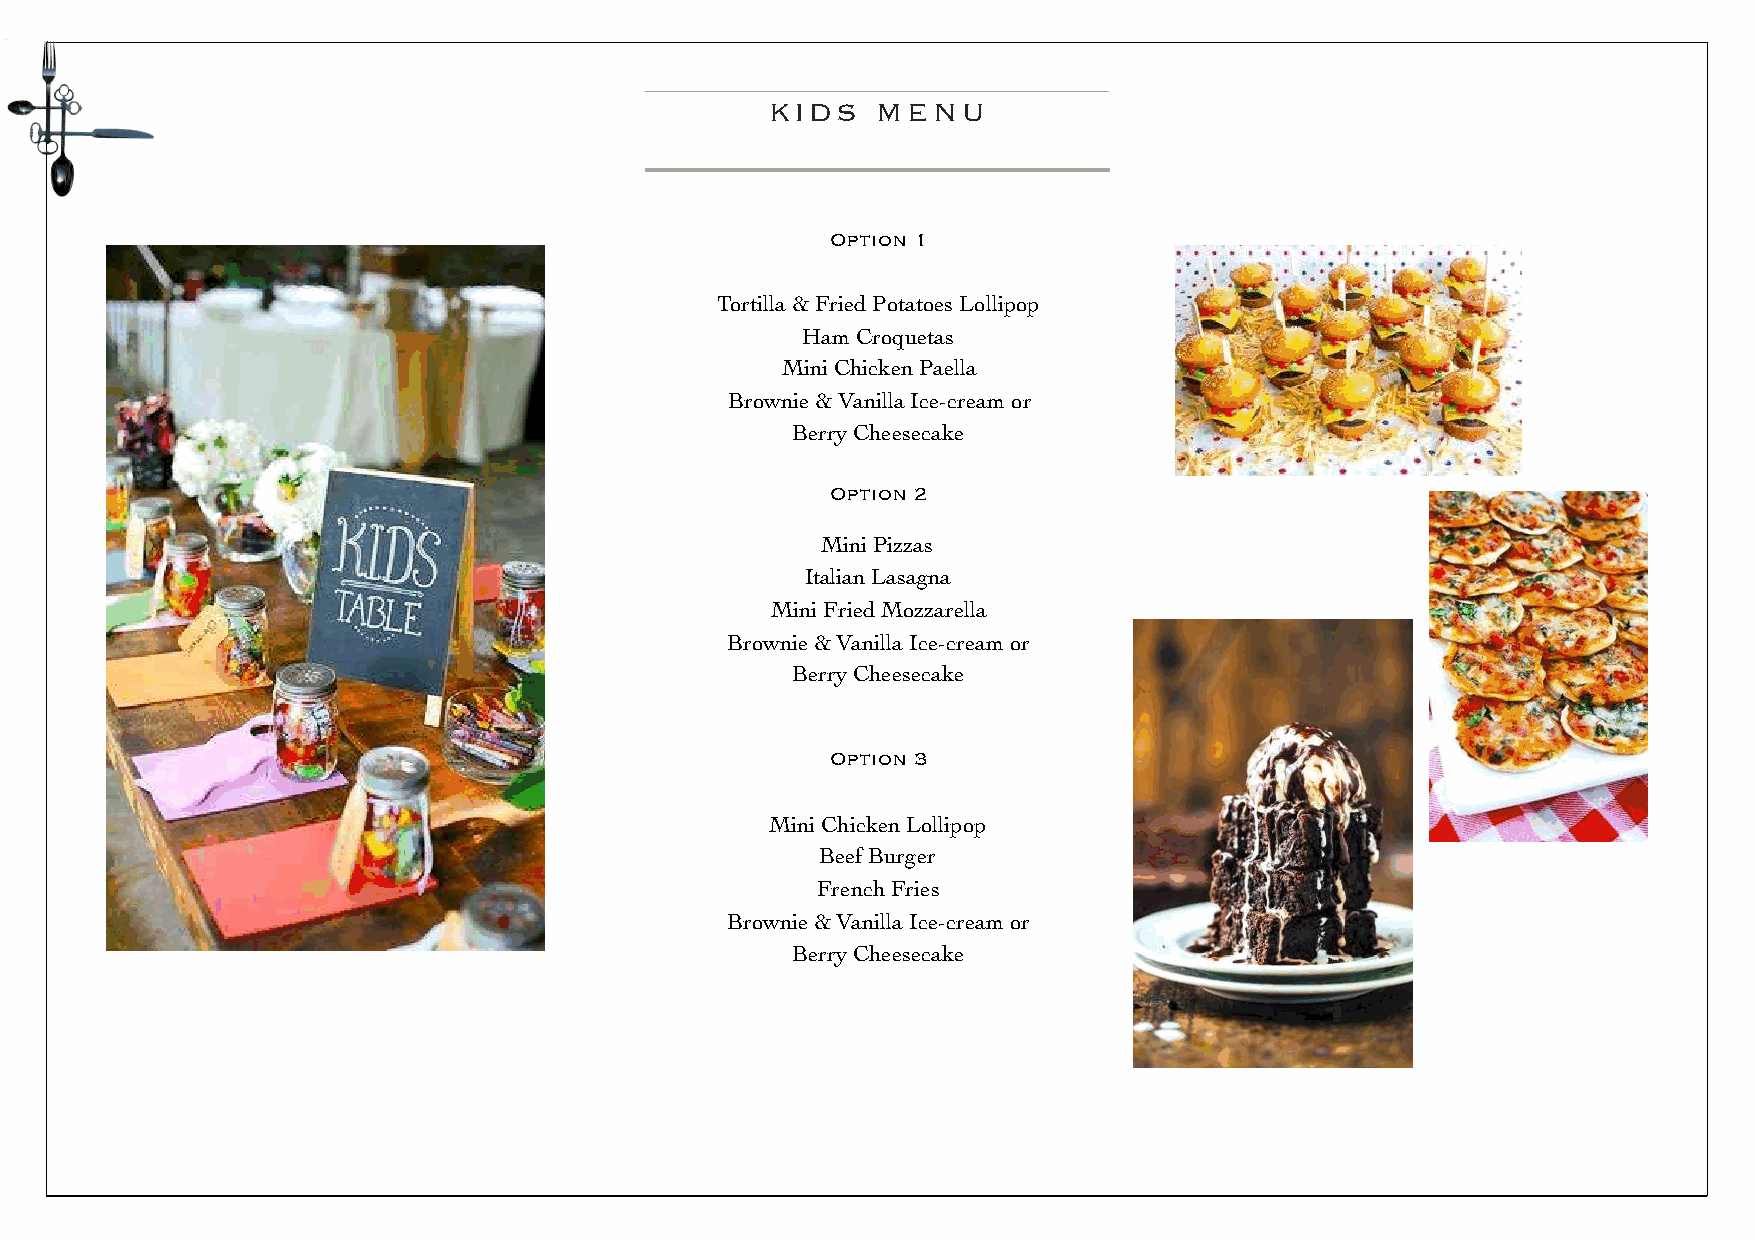
KIDS   MENU
 Option 1
 Tortilla & Fried Potatoes Lollipop
 Ham Croquetas
 Mini Chicken Paella
 Brownie & Vanilla Ice-cream or
 Berry Cheesecake
 Option 2
 Mini Pizzas
 Italian Lasagna
 Mini Fried Mozzarella
 Brownie & Vanilla Ice-cream or
 Berry Cheesecake
 Option 3
 Mini Chicken Lollipop
 Beef Burger
 French Fries
 Brownie & Vanilla Ice-cream or
 Berry Cheesecake